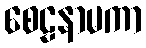
စေဠနာမကာ